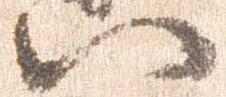
八